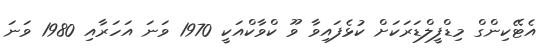
އެޓޭކިންގް މިޑްފީލްޑަރަކަށް ކުޅެފައިވާ ވޫ ކްވާކްއަކީ 1970 ވަނަ އަހަރާއި 1980 ވަނަ